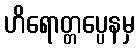
ဟိရောတ္တပ္ပေနမှ